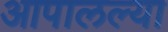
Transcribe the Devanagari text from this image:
आपालल्या